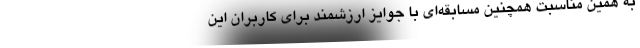
به همین مناسبت همچنین مسابقه‌ای با جوایز ارزشمند برای کاربران این